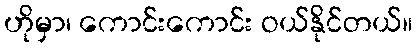
ဟိုမှာ၊ ကောင်းကောင်း ဝယ်နိုင်တယ်။